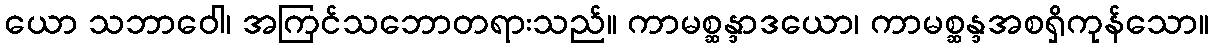
ယော သဘာဝေါ၊ အကြင်သဘောတရားသည်။ ကာမစ္ဆန္ဒာဒယော၊ ကာမစ္ဆန္ဒအစရှိကုန်သော။